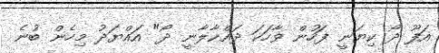
އަފޫ ދޯ ކިޔަނީ ފަހުން ވާހަކަ ދައްކާލާނީ ދޯ" އައްޔަދު މިހެން ބުނެ